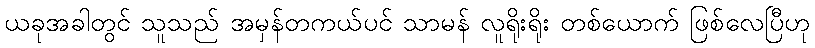
ယခုအခါတွင် သူသည် အမှန်တကယ်ပင် သာမန် လူရိုးရိုး တစ်ယောက် ဖြစ်လေပြီဟု